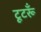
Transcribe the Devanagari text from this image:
टूटरूँ